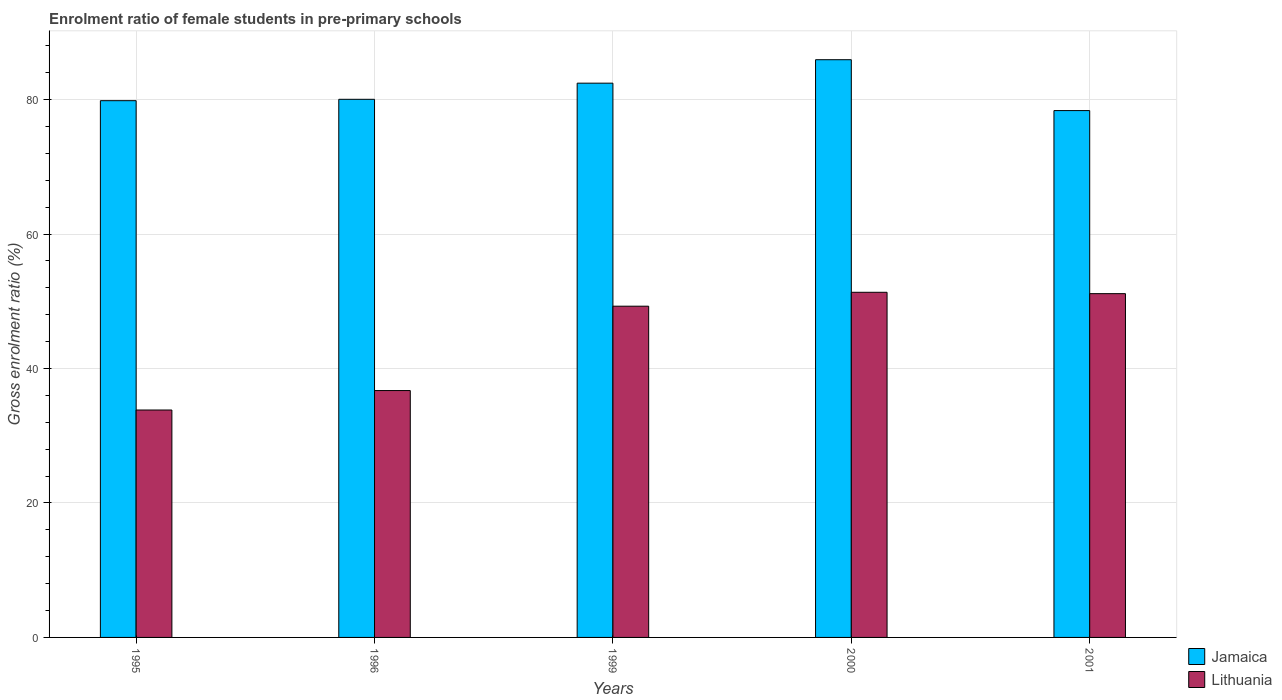
| Years | Jamaica | Lithuania |
 | --- | --- | --- |
 | 1995 | 79.8 | 33.8 |
 | 1996 | 80 | 36.7 |
 | 1999 | 82.4 | 49.3 |
 | 2000 | 85.9 | 51.3 |
 | 2001 | 78.4 | 51.1 |